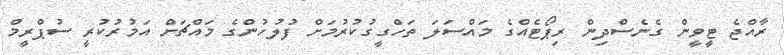
ރާއްޖެ ޓީވީން ގެނެސްދިން ރިޕޯޓެއްގެ މައްސަލަ ތަހްގީގުކުރުމަށް ފުލުހުންގެ މައްޗަށް އަމުރުކުރީ ސުޕްރީމް